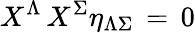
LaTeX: X^{\Lambda}\, X^{\Sigma}\eta_{\Lambda\Sigma}\, =\, 0